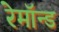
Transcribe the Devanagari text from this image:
रेमॉन्ड